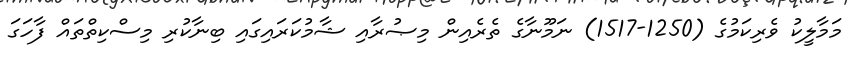
މަމާލީކު ވެރިކަމުގެ (1250-1517) ނަމޫނާގެ ތެރެއިން މިޞުރާއި ޝާމުކަރައިގައި ބިނާކުރި މިސްކިތްތައް ފާހަގަ